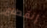
إنقطاع